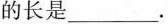
的长是___.